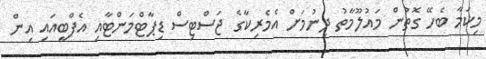
މިކަމާ ބެހޭ ގޮތުން މައުލޫމާތު ދިނުމަށް އެމެރިކާގެ ޖަސްޓިސް ޑިޕާޓްމަންޓާއި އެފްބީއައި އިން